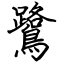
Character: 鷺